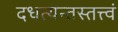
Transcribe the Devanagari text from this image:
दधत्यन्तस्तत्त्वं